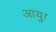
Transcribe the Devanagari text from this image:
आयु।